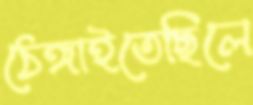
ঠেঙ্গাইতেছিলে